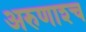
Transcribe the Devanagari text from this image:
अरुणाश्‍च